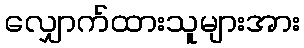
လျှောက်ထားသူများအား